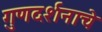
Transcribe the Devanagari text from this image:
गुणदर्शनाचे